Scottish Leaving Certificate Examination, 1959
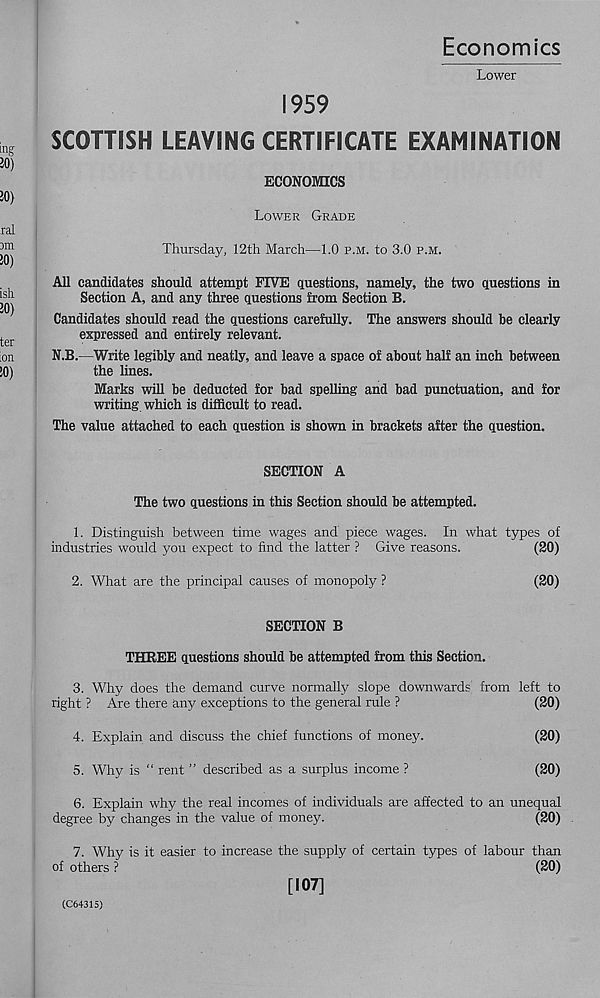
Economics
Lower
1959
SCOTTISH LEAVING CERTIFICATE EXAMINATION
ECONOMICS
Lower Grade
Thursday, 12th March—1.0 p.m. to 3.0 p.m.
All candidates should attempt FIVE questions, namely, the two questions in
Section A, and any three questions from Section B.
Candidates should read the questions carefully. The answers should be clearly
expressed and entirely relevant.
N.B.—Write legibly and neatly, and leave a space of about half an inch between
the lines.
Marks will be deducted for bad spelling and bad punctuation, and for
writing which is difficult to read.
The value attached to each question is shown in brackets after the question.
SECTION A
The two questions in this Section should be attempted.
1. Distinguish between time wages and piece wages. In what types of
industries would you expect to find the latter ? Give reasons.
(20)
2. What are the principal causes of monopoly ?
(20)
SECTION B
THREE questions should be attempted from this Section.
3. Why does the demand curve normally slope downwards from left to
right ? Are there any exceptions to the general rule ?
(20)
4. Explain and discuss the chief functions of money.
(20)
5. Why is “ rent ” described as a surplus income ?
(20)
6. Explain why the real incomes of individuals are affected to an unequal
degree by changes in the value of money.
(20)
7. Why is it easier to increase the supply of certain types of labour than
of others ?
(20)
[107]
(C64315)